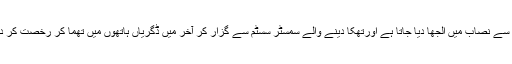
انہیں محدود سے نصاب میں الجھا دیا جاتا ہے اورتھکا دینے والے سمسٹر سسٹم سے گزار کر آخر میں ڈگریاں ہاتھوں میں تھما کر رخصت کر دیا جاتا ہے ۔